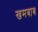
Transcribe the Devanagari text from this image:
खमबाब